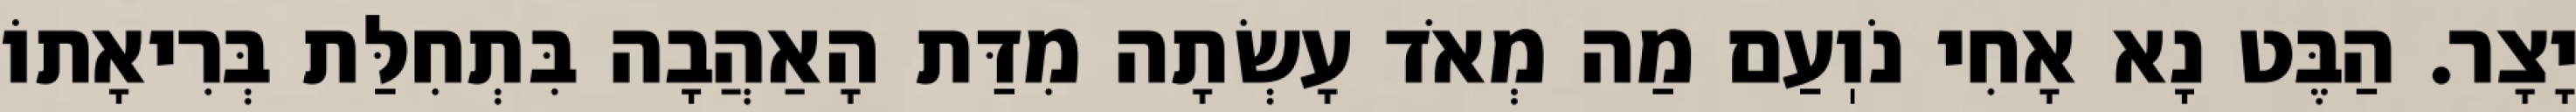
יָצָר. הַבֶּט נָא אָחִי נֹוֽעַם מַה מְאֹד עָשְׂתָה מִדַּת הָאַהֲבָה בִּתְחִלַּת בְּרִיאָתוֹ